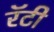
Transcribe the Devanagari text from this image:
रॅटी